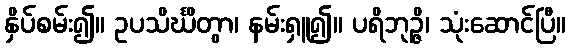
နှိပ်စမ်း၍။ ဥပသိင်္ဃိတွာ၊ နမ်းရှူ၍။ ပရိဘုဉ္ဇိ၊ သုံးဆောင်ပြီ။